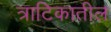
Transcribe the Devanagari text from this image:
त्राटिकातील